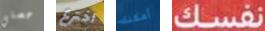
حصتي اخترع أمكنك نفسك